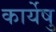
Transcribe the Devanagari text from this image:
कार्येषु